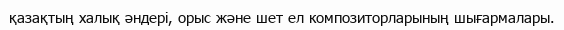
қазақтың халық әндері, орыс және шет ел композиторларының шығармалары.